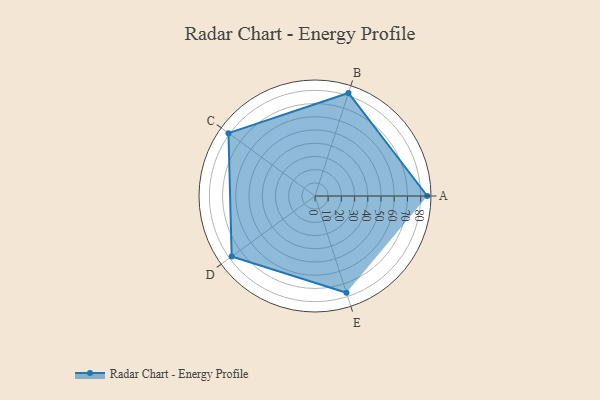
{"axis": {"x": "Skill", "y": "Score"}, "legend": ["Profile"], "data": [{"x": "A", "y": 85.0, "type": "Profile"}, {"x": "B", "y": 82.0, "type": "Profile"}, {"x": "C", "y": 81.0, "type": "Profile"}, {"x": "D", "y": 78.0, "type": "Profile"}, {"x": "E", "y": 77.0, "type": "Profile"}]}